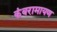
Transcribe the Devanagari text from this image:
कंबरामायण